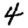
Digit: 4